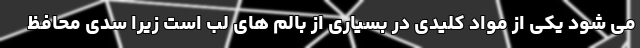
می شود یکی از مواد کلیدی در بسیاری از بالم های لب است زیرا سدی محافظ